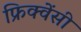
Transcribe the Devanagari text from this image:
फ्रिक्‍वेंसी